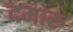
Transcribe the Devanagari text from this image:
दमारू